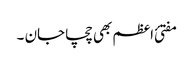
مفتئ اعظم بھی چچا جان ۔